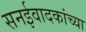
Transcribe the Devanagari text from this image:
सनईवादकांच्या